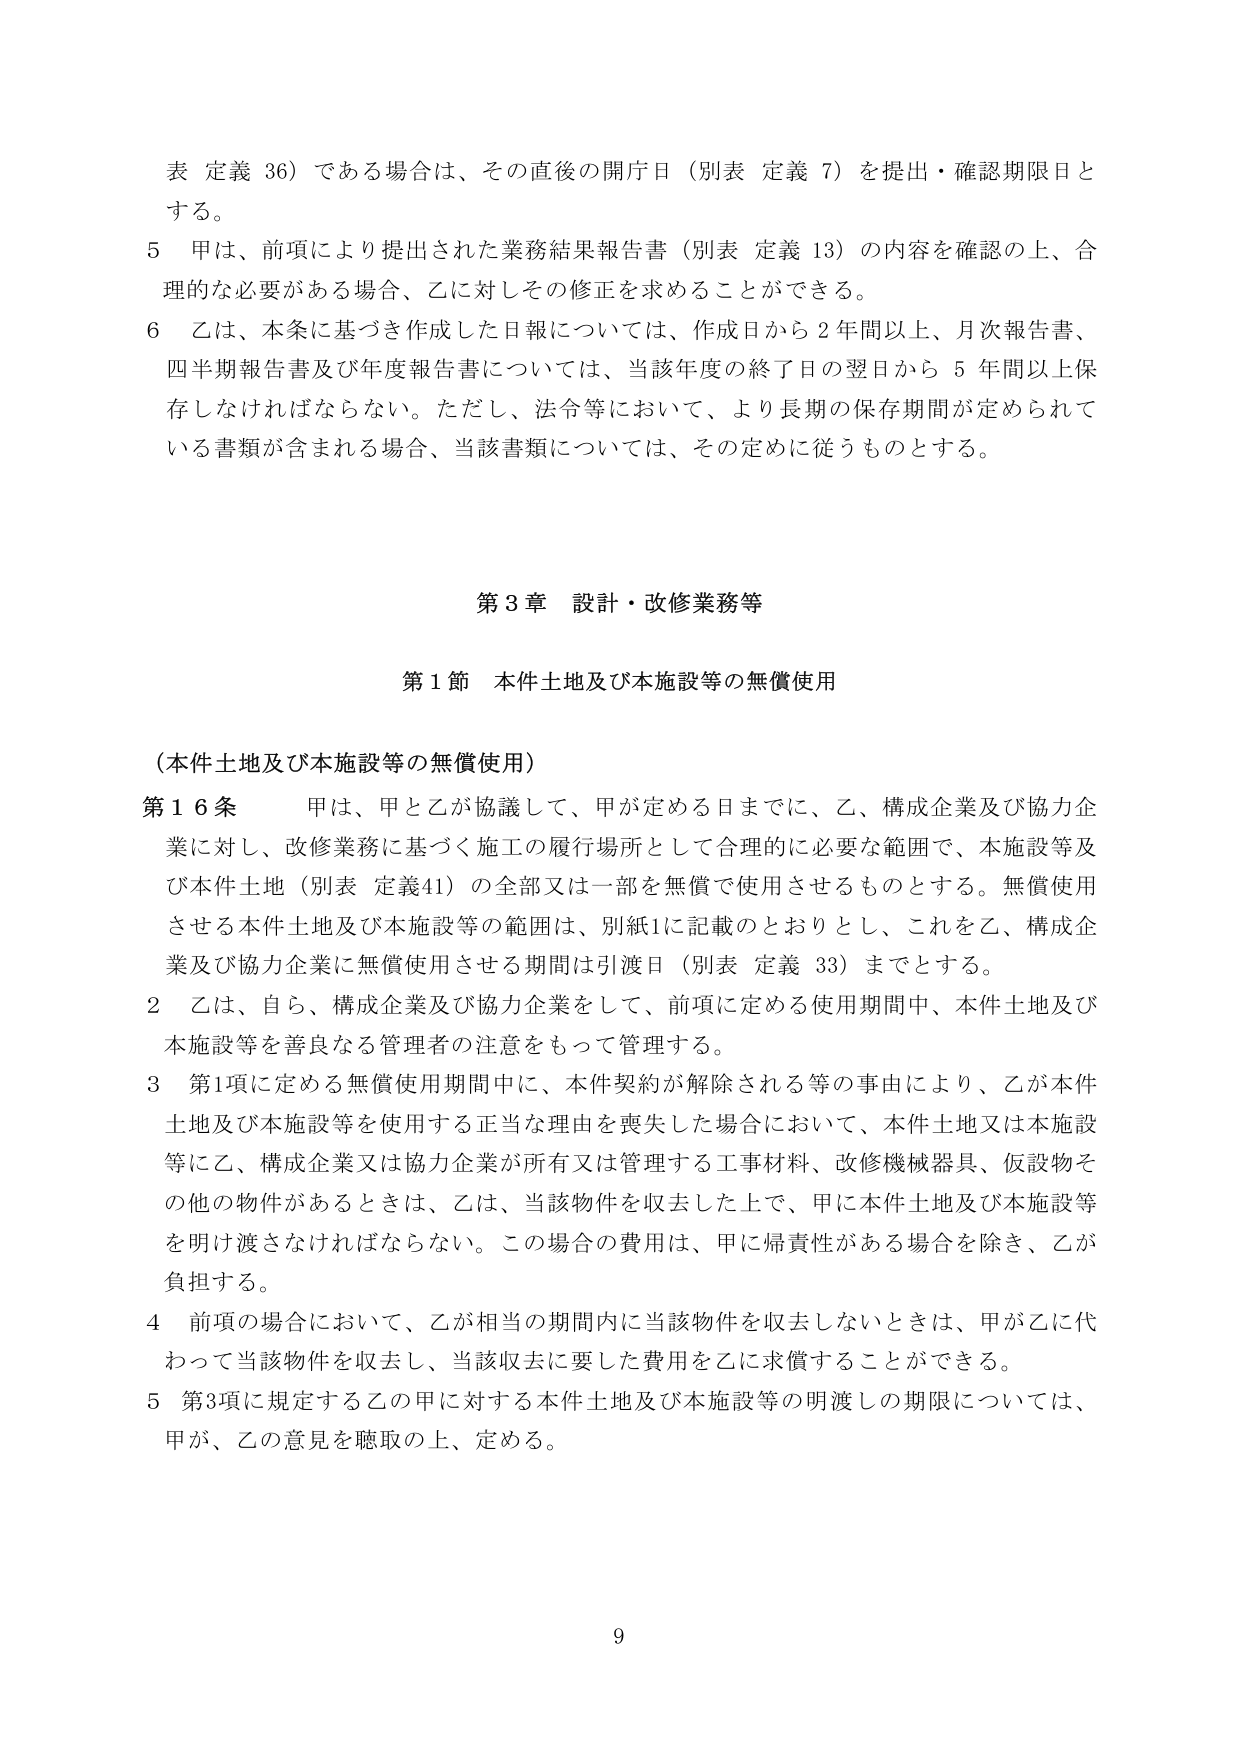
表 定義 36）である場合は、その直後の開庁日（別表 定義 7）を提出・確認期限日とする。

5 甲は、前項により提出された業務結果報告書（別表 定義 13）の内容を確認の上、合理的な必要がある場合、乙に対しその修正を求めることができる。

6 乙は、本条に基づき作成した日報については、作成日から2年間以上、月次報告書、四半期報告書及び年度報告書については、当該年度の終了日の翌日から5年間以上保存しなければならない。ただし、法令等において、より長期の保存期間が定められている書類が含まれる場合、当該書類については、その定めに従うものとする。

第3章 設計・改修業務等

第1節 本件土地及び本施設等の無償使用

（本件土地及び本施設等の無償使用）

第16条 甲は、甲と乙が協議して、甲が定める日までに、乙、構成企業及び協力企業に対し、改修業務に基づく施工の履行場所として合理的に必要な範囲で、本施設等及び本件土地（別表 定義41）の全部又は一部を無償で使用させるものとする。無償使用させる本件土地及び本施設等の範囲は、別紙1に記載のとおりとし、これを乙、構成企業及び協力企業に無償使用させる期間は引渡日（別表 定義 33）までとする。

2 乙は、自ら、構成企業及び協力企業をして、前項に定める使用期間中、本件土地及び本施設等を善良なる管理者の注意をもって管理する。

3 第1項に定める無償使用期間中に、本件契約が解除される等の事由により、乙が本件土地及び本施設等を使用する正当な理由を喪失した場合において、本件土地又は本施設等に乙、構成企業又は協力企業が所有又は管理する工事材料、改修機械器具、仮設物その他の物件があるときは、乙は、当該物件を収去した上で、甲に本件土地及び本施設等を明け渡さなければならない。この場合の費用は、甲に帰責性がある場合を除き、乙が負担する。

4 前項の場合において、乙が相当の期間内に当該物件を収去しないときは、甲が乙に代わって当該物件を収去し、当該収去に要した費用を乙に求償することができる。

5 第3項に規定する乙の甲に対する本件土地及び本施設等の明渡しの期限については、甲が、乙の意見を聴取の上、定める。

9